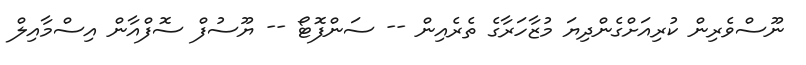
ނޫސްވެރިން ކުރިއަށްގެންދިޔަ މުޒާހަރާގެ ތެރެއިން -- ސަންފޮޓޯ -- ޔޫސުފް ސޮފްއާން އިސްމާއިލް